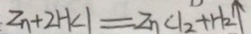
Z n + 2 H C l = Z n C l _ { 2 } + H _ { 2 } \uparrow